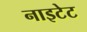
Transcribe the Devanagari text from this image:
नाइटेट